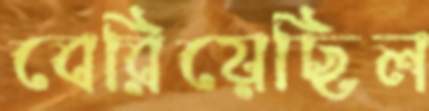
বেরিয়েছিল